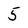
Character: 5